Vaccination in Bombay 1913-1923 - 1913-1923
Year: 1913
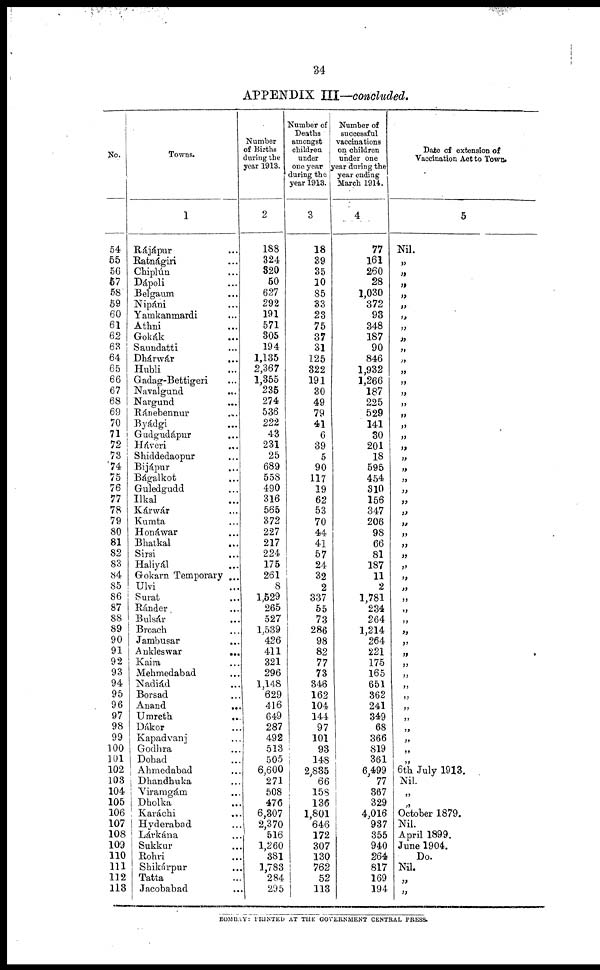
34
APPENDIX III—concluded.
No.
54
55
56
57
58
59
60
61
62
63
64
65
66
67
68
69
70
71
72
73
74
75
76
77
78
79
80
81
82
83
84
85
86
87
88
89
90
91
92
93
94
95
96
97
98
99
100
101
102
103
104
105
106
107
108
109
110
111
112
113
Towns.
1
Rájápur ...
Ratnágiri ...
Chiplún ...
Dápoli ...
Belgaum ...
Nipáni ...
Yamkanmardi ...
Athni ...
Gokák ...
Saundatti ...
Dhárwár
...
Hubli ...
Gadag-Bettigeri ...
Navalgund ...
Nargund ...
Ránebennur ...
Byádgi ...
Gudgudápur ...
Háveri ...
Shiddedaopur ...
Bijápur ...
Bágalkot ...
Guledgudd ...
Ilkal ...
Kárwár ...
Kumta ...
Honáwar ...
Bhatkal ...
Sirsi ...
Haliyál ...
Gokarn Temporary ...
Ulvi ...
Surat ...
Ránder ...
Bulsár ...
Broach ...
Jambusar ...
Ankleswar
...
Kaira ...
Mebmedabad ...
Nadiád ...
Borsad ...
Anand ...
Umreth ...
Dákor ...
Kapadvanj ...
Godhra ...
Dohad ...
Ahmedabad ...
Dhandbuka ...
Viramgám ...
Dholka ...
Karáchi ...
Hyderabad ...
Lárkána ...
Sukkur ...
Rohri ...
Shikárpur ...
Tatta ...
Jacobabad ...
Number
of Births
during the
year 1913.
2
188
324
320
50
627
292
191
571
305
194
1,135
2,367
1,355
235
274
536
222
43
231
25
689
558
490
316
565
372
227
217
224
175
261
8
1,529
265
527
1,539
426
411
321
296
1,148
629
416
649
287
492
513
505
6,600
271
508
476
6,307
2,370
516
1,260
381
1,783
284
295
Number of
Deaths
amongst
children
under
one year
during the
year 1913.
3
18
39
35
10
85
33
23
75
37
31
125
322
191
30
49
79
41
6
39
5
90
117
19
62
53
70
44
41
57
24
32
2
337
55
73
286
98
82
77
73
346
162
104
144
97
101
93
148
2,835
66
158
136
1,801
646
172
307
130
762
52
113
Number of
successful
vaccinations
on children
under one
year during the
year ending
March 1914.
4
77
161
260
28
1,030
372
93
348
187
90
846
1,932
1,266
187
225
529
141
30
201
18
595
454
310
156
347
206
98
66
81
187
11
2
1,781
234
264
1,214
264
221
175
165
651
362
241
349
68
366
819
361
6,499
77
867
329
4,016
937
355
940
264
817
169
194
Date of extension of
Vaccination Act to Town.
5
Nil.
„
„
„
„
„
„
„
„
„
„
„
„
„
„
„
„
„
„
„
„
„
„
„
„
„
„
„
„
„
„
„
„
„
„
„
„
„
„
„
„
„
„
„
„
„
„
„
6th July 1913.
Nil.
„
„
October 1879.
Nil.
April 1899.
June 1904.
Do.
Nil.
„
„
BOMBAY: PRINTED AT THE GOVERNMENT CENTRAL PRESS.